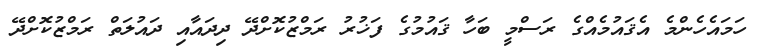
ހަމައެހެންމެ އެޤައުމެއްގެ ރަސްމީ ބަހާ ޤައުމުގެ ފަޚުރު ރަމްޒުކޮށްދޭ ދިދައާއި ދައުލަތް ރަމްޒުކޮށްދޭ